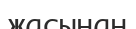
жасынан